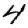
Digit: 4